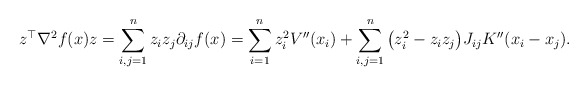
\begin{align*}z^\top\nabla^2f(x) z &= \sum_{i,j=1}^n z_iz_j\partial_{ij}f(x) = \sum_{i=1}^n z_i^2V''(x_i) + \sum_{i,j=1}^n \big(z_i^2 - z_iz_j\big) J_{ij} K''(x_i-x_j).\end{align*}